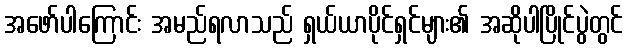
အဖော်ပါကြောင်း အမည်ရလာသည် ရှယ်ယာပိုင်ရှင်များ၏ အဆိုပါပြိုင်ပွဲတွင်